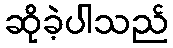
ဆိုခဲ့ပါသည်